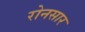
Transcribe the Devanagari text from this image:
रोनसार